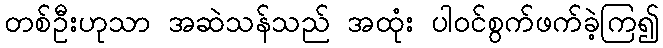
တစ်ဦးဟုသာ အဆဲသန်သည် အထုံး ပါဝင်စွက်ဖက်ခဲ့ကြ၍